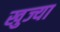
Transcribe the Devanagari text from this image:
खुज्या